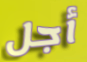
أجل